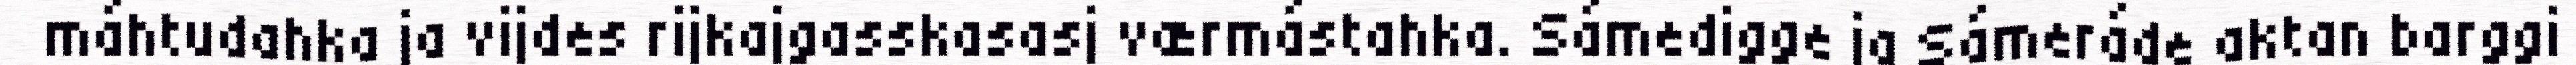
máhtudahka ja vijdes rijkajgasskasasj værmástahka. Sámedigge ja Sámeráde aktan barggi